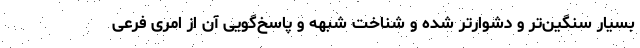
بسیار سنگین‌تر و دشوارتر شده و شناخت شبهه و پاسخ‌گویی آن از امری فرعی